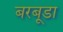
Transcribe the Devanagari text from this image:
बरबूडा